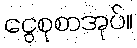
ငွေစုစာအုပ်။